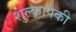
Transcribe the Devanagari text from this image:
शुल्कापैकी